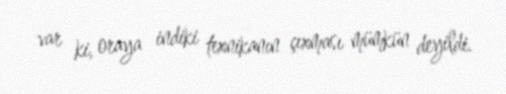
var ki, oraya indiki texnikanın çıxması mümkün deyildi.